Leaving Certificate Examination, 1919
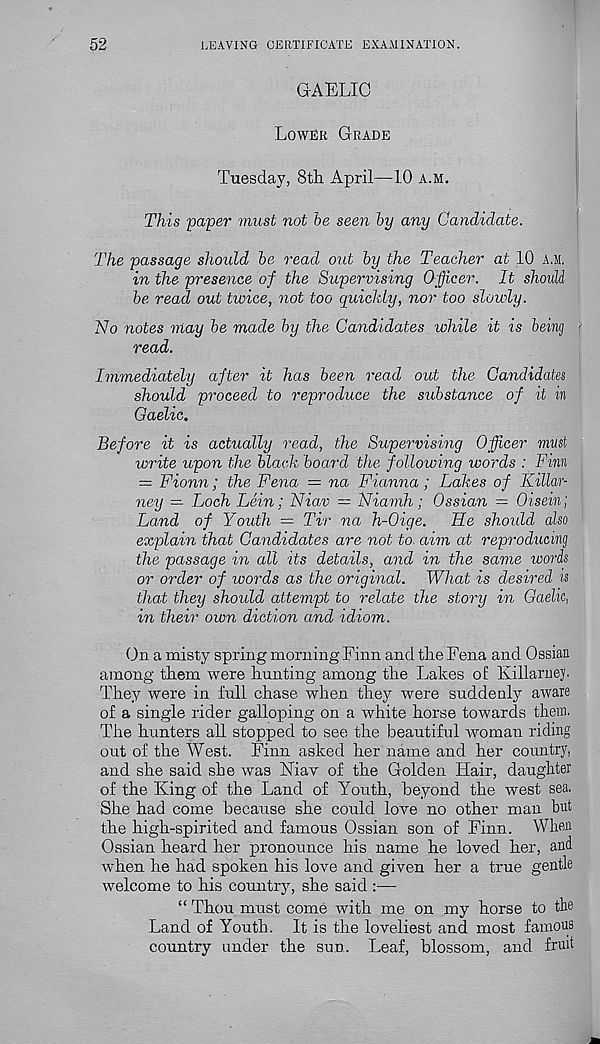
52
LEAVING CERTIFICATE EXAMINATION.
GAELIC
Lower Grade
Tuesday, 8th April—1.0 a.m.
This paper must not be seen by any Candidate.
The passage shoidd be read out by the Teacher at 10 a.m.
in the presence of the Supervising Officer. It shoidd
be read out twice, not too quickly, nor too slowly.
No notes may be made by the Candidates while it is being
read.
Immediately after it has been read out the Candidates
should proceed to reproduce the substance of it in
Gaelic.
Before it is actually read, the Supervising Officer must
write upon the black board the following words : Finn
= Fionn; the Fena = na Fianna; Lakes of Killar-
ney — Loch Lein; Niav = Niamh; Ossian — Oisein;
Land of Youth = Tir na h-Oige.
Fie shoidd also
explain that Candidates are not to aim at reproducing
the passage in all its details, and in the same words
or order of words as the original. What is desired is
that they shoidd attempt to relate the story in Gaelic,
in their own diction and idiom.
On a misty spring morning Finn and the Fena and Ossian
among them were hunting among the Lakes of: Killaruey.
They were in full chase when they were suddenly aware
of a single rider galloping on a white horse towards them.
The hunters all stopped to see the beautiful woman riding
out of the West. Finn asked her name and her country',
and she said she was Niav of the Golden Hair, daughter
of the King of the Land of Youth, beyond the west sea.
She had come because she could love no other man but
the high-spirited and famous Ossian son of Finn. When
Ossian heard her pronounce his name he loved her, and
when he had spoken his love and given her a true gentle
welcome to his country, she said :—
“ Thou must come with me on my horse to the
Land of Youth. It is the loveliest and most famous
country under the sun. Leaf, blossom, and fruit